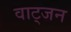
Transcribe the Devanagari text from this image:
वाट्जन